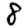
Digit: 8